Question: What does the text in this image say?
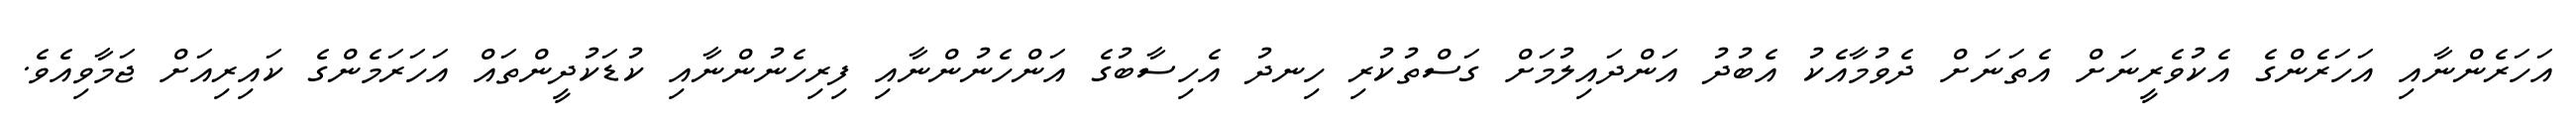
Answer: އަހަރެންނާއި އަހަރެންގެ އެކުވެރީނަށް އެތަނަށް ދެވުމާއެކު އެބުދު އަންދައިލުމަށް ގަސްތުކުރި ހިނދު އެހިސާބުގެ އަންހެނުންނާއި ފިރިހެނުންނާއި ކުޑަކުދީންތައް އަހަރަމެންގެ ކައިރިއަށް ޖަމާވިއެވެ.